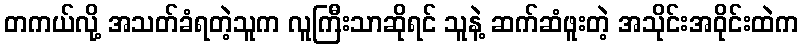
တကယ်လို့ အသတ်ခံရတဲ့သူက လူကြီးသာဆိုရင် သူနဲ့ ဆက်ဆံဖူးတဲ့ အသိုင်းအဝိုင်းထဲက